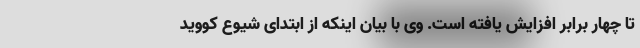
تا چهار برابر افزایش یافته است. وی با بیان اینکه از ابتدای شیوع کووید